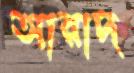
আরাদ